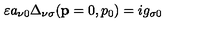
\varepsilon a _ { \nu 0 } \Delta _ { \nu \sigma } ( \mathbf { p } = 0 , p _ { 0 } ) = i g _ { \sigma 0 }